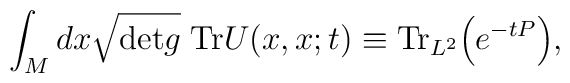
\int_{M}dx \sqrt{{\rm {det}}g} \; {\rm {Tr}}U(x,x;t) \equiv{\rm {Tr}}_{L^{2}} \Bigr(e^{-tP}\Bigr),